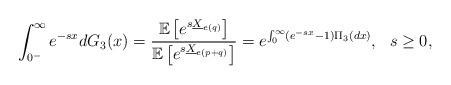
LaTeX: \begin{align*}\int_{0^-}^{\infty} e^{-s x}dG_3(x)=\frac{\mathbb E\left[e^{s \underline{X}_{e(q)}}\right]}{\mathbb E\left[e^{s \underline{X}_{e(p+q)}}\right]}=e^{\int_{0}^{\infty}(e^{-s x}-1) \Pi_3(dx)}, \ \ s\geq 0,\end{align*}